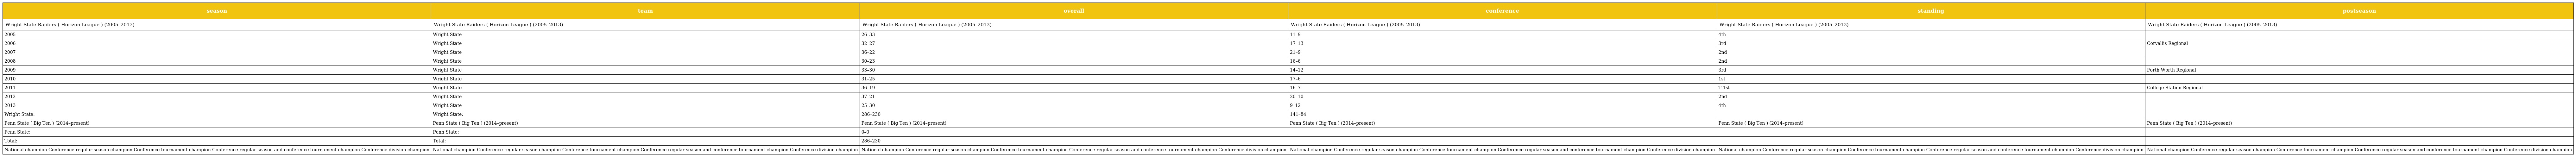
| season | team | overall | conference | standing | postseason |
 | --- | --- | --- | --- | --- | --- |
 | Wright State Raiders ( Horizon League ) (2005–2013) | Wright State Raiders ( Horizon League ) (2005–2013) | Wright State Raiders ( Horizon League ) (2005–2013) | Wright State Raiders ( Horizon League ) (2005–2013) | Wright State Raiders ( Horizon League ) (2005–2013) | Wright State Raiders ( Horizon League ) (2005–2013) |
 | 2005 | Wright State | 26–33 | 11–9 | 4th |  |
 | 2006 | Wright State | 32–27 | 17–13 | 3rd | Corvallis Regional |
 | 2007 | Wright State | 36–22 | 21–9 | 2nd |  |
 | 2008 | Wright State | 30–23 | 16–6 | 2nd |  |
 | 2009 | Wright State | 33–30 | 14–12 | 3rd | Forth Worth Regional |
 | 2010 | Wright State | 31–25 | 17–6 | 1st |  |
 | 2011 | Wright State | 36–19 | 16–7 | T-1st | College Station Regional |
 | 2012 | Wright State | 37–21 | 20–10 | 2nd |  |
 | 2013 | Wright State | 25–30 | 9–12 | 4th |  |
 | Wright State: | Wright State: | 286–230 | 141–84 |  |  |
 | Penn State ( Big Ten ) (2014–present) | Penn State ( Big Ten ) (2014–present) | Penn State ( Big Ten ) (2014–present) | Penn State ( Big Ten ) (2014–present) | Penn State ( Big Ten ) (2014–present) | Penn State ( Big Ten ) (2014–present) |
 | Penn State: | Penn State: | 0–0 |  |  |  |
 | Total: | Total: | 286–230 |  |  |  |
 | National champion Conference regular season champion Conference tournament champion Conference regular season and conference tournament champion Conference division champion | National champion Conference regular season champion Conference tournament champion Conference regular season and conference tournament champion Conference division champion | National champion Conference regular season champion Conference tournament champion Conference regular season and conference tournament champion Conference division champion | National champion Conference regular season champion Conference tournament champion Conference regular season and conference tournament champion Conference division champion | National champion Conference regular season champion Conference tournament champion Conference regular season and conference tournament champion Conference division champion | National champion Conference regular season champion Conference tournament champion Conference regular season and conference tournament champion Conference division champion |